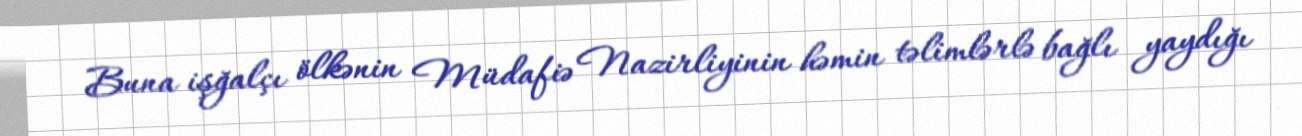
Buna işğalçı ölkənin Müdafiə Nazirliyinin həmin təlimlərlə bağlı yaydığı